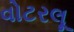
વોટરલૂ